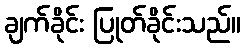
ချက်ခိုင်း ပြုတ်ခိုင်းသည်။